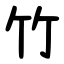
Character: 竹